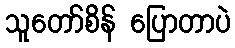
သူတော်စိန် ပြောတာပဲ